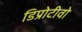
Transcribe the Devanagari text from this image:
डिप्रोटीवो